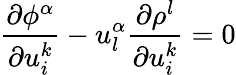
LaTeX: {\frac{\partial\phi^{\alpha}}{\partial u_{i}^{k}}}-u_{l}^{\alpha}{\frac{\partial\rho^{l}}{\partial u_{i}^{k}}}=0